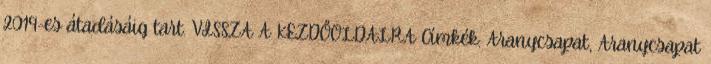
2019-es átadásáig tart. VISSZA A KEZDŐOLDALRA Címkék: Aranycsapat, Aranycsapat